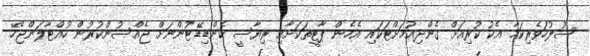
ސުލުހަވެރިކަމާ އެކު ކުރިއަށް ގެންދިއުމަށްޓަކައި އެހެން ޕާޓީތަކަށާއި ރިޔާސީ ކެންޑިޑޭޓުންނަށް ޖެއްސުންކުރުން ހުއްޓާލަންޖެހޭ